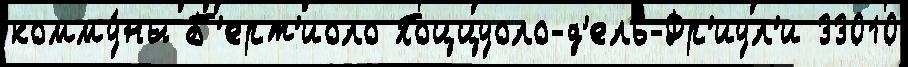
комму́ны Б'ерт'иоло Поццуоло-д'ель-Фр'иул'и 33010